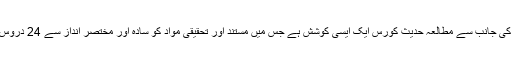
دعوۃ اکیڈمی اسلام آباد کی جانب سے مطالعہ حدیث کورس ایک ایسی کوشش ہے جس میں مستند اور تحقیقی مواد کو سادہ اور مختصر انداز سے 24 دروس میں مرتب کیا گیا ہے۔